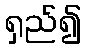
ရှည်၍